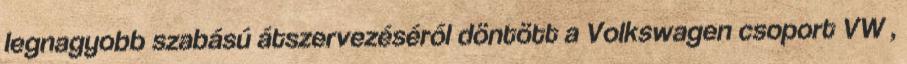
legnagyobb szabású átszervezéséről döntött a Volkswagen csoport VW ,